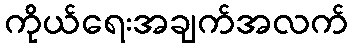
ကိုယ်ရေးအချက်အလက်